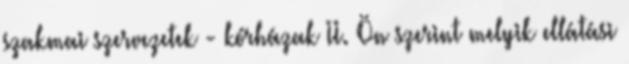
szakmai szervezetek - kórházak II. Ön szerint melyik ellátási